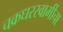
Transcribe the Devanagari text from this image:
चक्रधरस्वामींचा